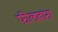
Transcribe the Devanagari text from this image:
फीलखाना